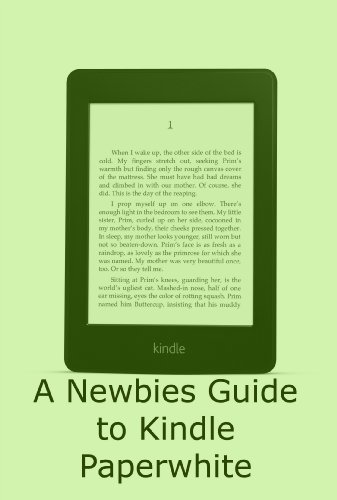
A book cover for A Newbies Guide to Kindle Paperwhite; Minute Help Guides; Computers & Technology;